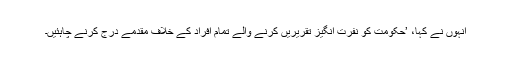
انہوں نے کہا، ’حکومت کو نفرت انگیز تقریریں کرنے والے تمام افراد کے خلاف مقدمے درج کرنے چاہئیں۔